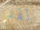
لقد